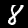
Digit: 8